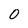
Character: 0